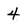
Character: 4